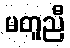
မတူညီ